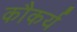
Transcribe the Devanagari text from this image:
कौकर्य